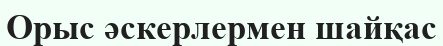
Орыс әскерлермен шайқас